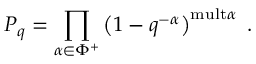
P _ { q } = \prod _ { \alpha \in \Phi ^ { + } } \left( 1 - q ^ { - \alpha } \right) ^ { \mathrm { m u l t } \alpha } \; .